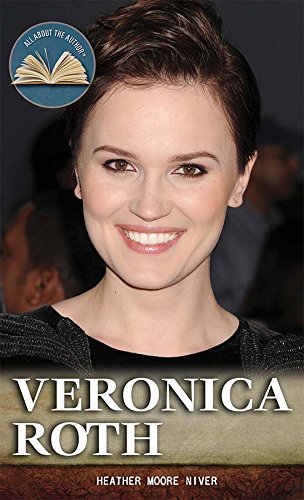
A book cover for Veronica Roth (All About the Author); Heather Moore Niver; Teen & Young Adult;